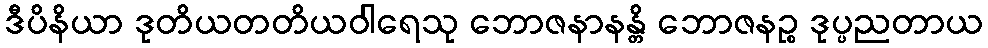
ဒီပိနိယာ ဒုတိယတတိယဝါရေသု ဘောဇနာနန္တိ ဘောဇနဉ္စ ဒုပ္ပညတာယ